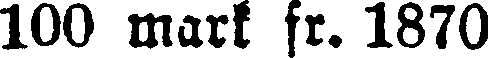
100 mark fr. 1870